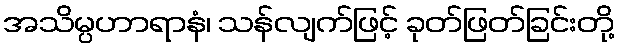
အသိမ္ပဟာရာနံ၊ သန်လျက်ဖြင့် ခုတ်ဖြတ်ခြင်းတို့